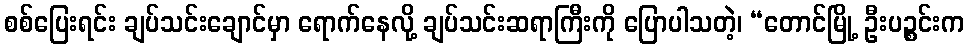
စစ်ပြေးရင်း ချပ်သင်းချောင်မှာ ရောက်နေလို့ ချပ်သင်းဆရာကြီးကို ပြောပါသတဲ့၊ “တောင်မြို့ ဦးပဉ္စင်းက